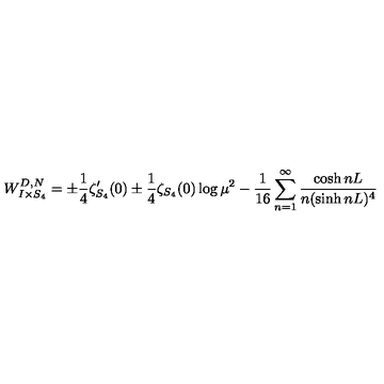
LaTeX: W _ { I \times S _ { 4 } } ^ { D , N } = \pm \frac 1 4 \zeta _ { S _ { 4 } } ^ { \prime } ( 0 ) \pm \frac 1 4 \zeta _ { S _ { 4 } } ( 0 ) \log \mu ^ { 2 } - \frac { 1 } { 1 6 } \sum _ { n = 1 } ^ { \infty } \frac { \cosh n L } { n ( \sinh n L ) ^ { 4 } }